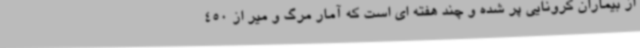
از بیماران کرونایی پر شده و چند هفته ای است که آمار مرگ و میر از 450